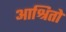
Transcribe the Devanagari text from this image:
आश्रितो